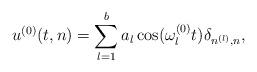
LaTeX: \begin{align*}u^{(0)}(t,n)=\sum_{l=1}^ba_l\cos(\omega_l^{(0)}t)\delta_{n^{(l)}, n},\end{align*}